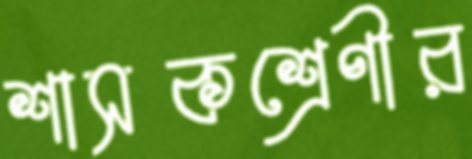
শাসকশ্রেণীর